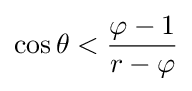
\cos \theta <{\frac {\varphi -1}{r-\varphi }}